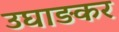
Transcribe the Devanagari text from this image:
उघाड़कर